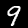
Label: 9